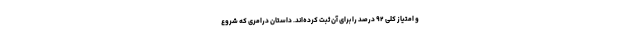
و امتیاز کلی ۹۲ درصد را برای آن ثبت کرده‌اند. داستان درامری که شروع